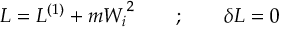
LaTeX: { \cal L } = { \cal L } ^ { ( 1 ) } + m { W _ { i } } ^ { 2 } \quad \quad ; \quad \quad \delta { \cal L } = 0